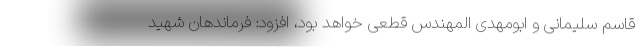
قاسم سلیمانی و ابومهدی المهندس قطعی خواهد بود، افزود: فرماندهان شهید